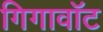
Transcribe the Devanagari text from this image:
गिगावॉट